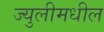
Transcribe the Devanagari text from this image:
ज्युलीमधील